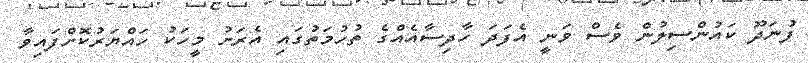
ފުނަދޫ ކައުންސިލުން ވެސް ވަނީ އެފަދަ ހާދިސާއެއްގެ ތުހުމަތުގައި އެރަށު މީހަކު ހައްޔަރުކޮށްފައިވާ